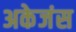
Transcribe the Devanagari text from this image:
अकेजंस